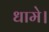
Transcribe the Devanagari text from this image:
धामे।